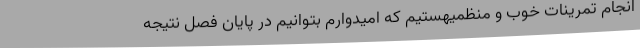
انجام تمرینات خوب و منظمیهستیم که امیدوارم بتوانیم در پایان فصل نتیجه